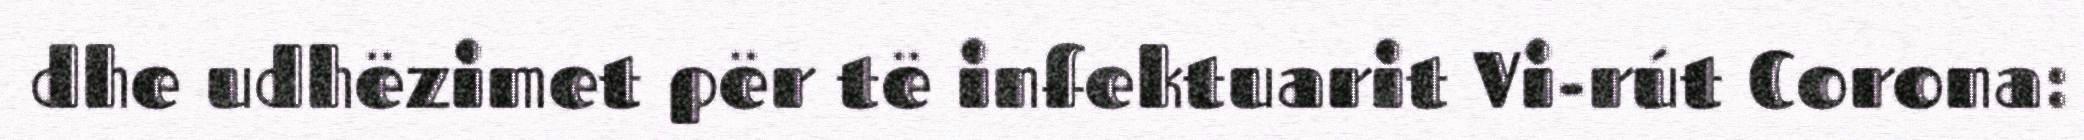
dhe udhëzimet për të infektuarit Vi-rút Corona: